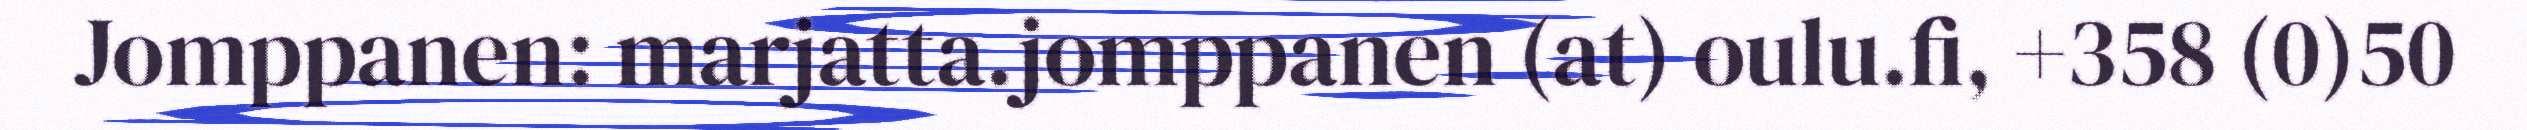
Jomppanen: marjatta.jomppanen (at) oulu.fi, +358 (0)50